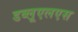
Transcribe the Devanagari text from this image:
डब्लूएलएस